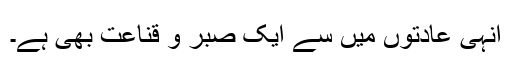
انہی عادتوں میں سے ایک صبر و قناعت بھی ہے۔